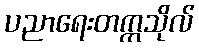
ပညာရေးတက္ကသိုလ်